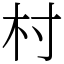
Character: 村